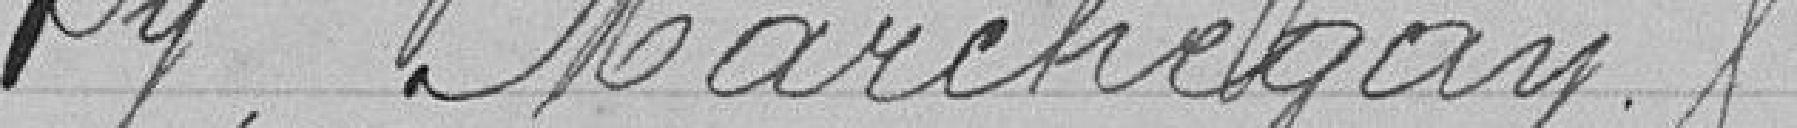
Py, Marchegan